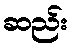
ဆည်း